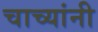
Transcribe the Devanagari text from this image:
चाच्यांनी